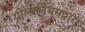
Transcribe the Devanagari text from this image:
पोलोनियसद्वारा